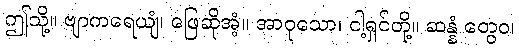
ဤသို့။ ဗျာကရေယျံ၊ ဖြေဆိုအံ့။ အာဝုသော၊ ငါ့ရှင်တို့။ ဆန္နံ တွေဝ၊